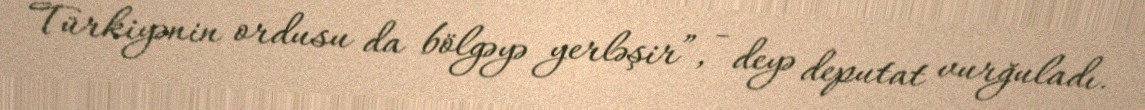
Türkiyənin ordusu da bölgəyə yerləşir”, - deyə deputat vurğuladı.